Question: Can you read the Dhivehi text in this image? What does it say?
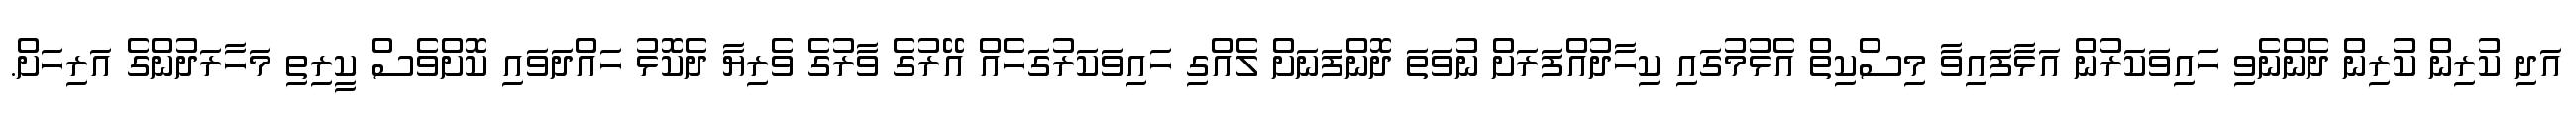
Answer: އަދި ކުރިން ކުރިން ދެންނެވި ހައިވަކަރުން އަޅާފައިވާ މިސްކިތް އެޅުމުގައި ކިހާދުއްފަރަށް ނުވަތަ ދޮންފަނަށް ލެއްގި ހައިވަކަރުގަހެއް އޭރުގެ ވާރުގެ ވެރިޔާ ދެކޮޅު ހައްދަވައި ކޮށްވެސް ކީރިތި މަހާރަދުންގެ އަރިހަށް.